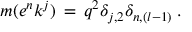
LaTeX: m ( e ^ { n } k ^ { j } ) \, = \, q ^ { 2 } \delta _ { j , 2 } \delta _ { n , ( l - 1 ) } \; .